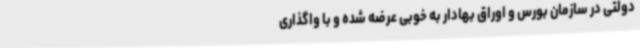
دولتی در سازمان بورس و اوراق بهادار به خوبی عرضه شده و با واگذاری